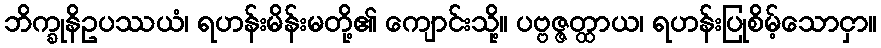
ဘိက္ခုနိဥပဿယံ၊ ရဟန်းမိန်းမတို့၏ ကျောင်းသို့။ ပဗ္ဗဇ္ဇတ္ထာယ၊ ရဟန်းပြုစိမ့်သောငှာ။